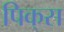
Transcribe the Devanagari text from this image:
पिक्‌स